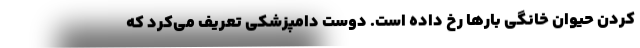
کردن حیوان خانگی بارها رخ داده است. دوست دامپزشکی تعریف می‌کرد که